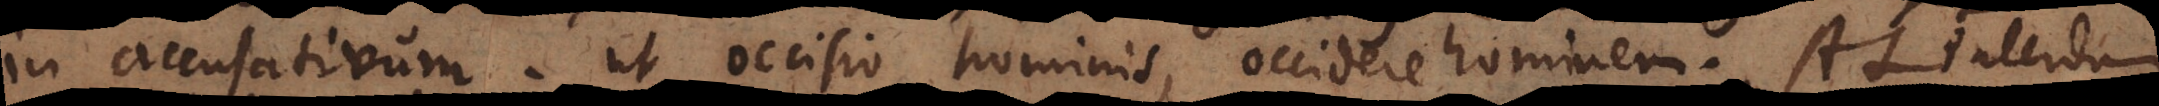
in accusativum, ut occisio hominis, occidere hominem. At interdum